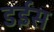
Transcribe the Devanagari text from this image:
डईस